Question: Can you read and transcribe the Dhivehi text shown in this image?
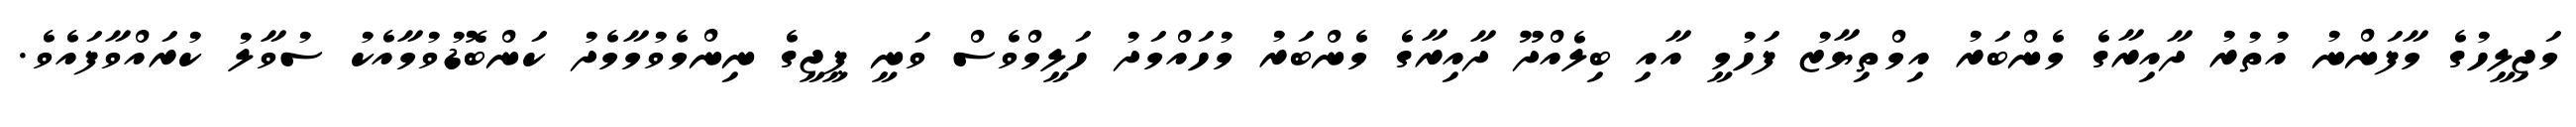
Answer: މަޖިލީހުގެ މާފަންނު އުތުރު ދާއިރާގެ މެންބަރު އިމްތިޔާޒު ފަހުމީ އާއި ބިލެއްދޫ ދާއިރާގެ މެންބަރު މުހައްމަދު ހަލީމްވެސް ވަނީ ޕީޖީގެ ނިންމެވުމާމެދު ކަންބޮޑުވުމާއެކު ސުވާލު ކުރައްވާފައެވެ.